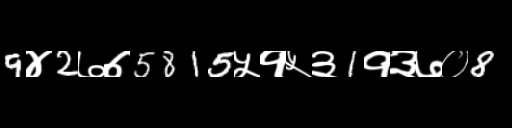
Text: 9४2७७5815५१५३1१३७०8